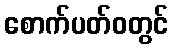
စောက်ပတ်ဝတွင်